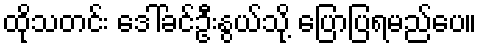
ထိုသတင်း ဒေါ်ခင်ဦးနွယ်သို့ ပြောပြရမည်ပေ။